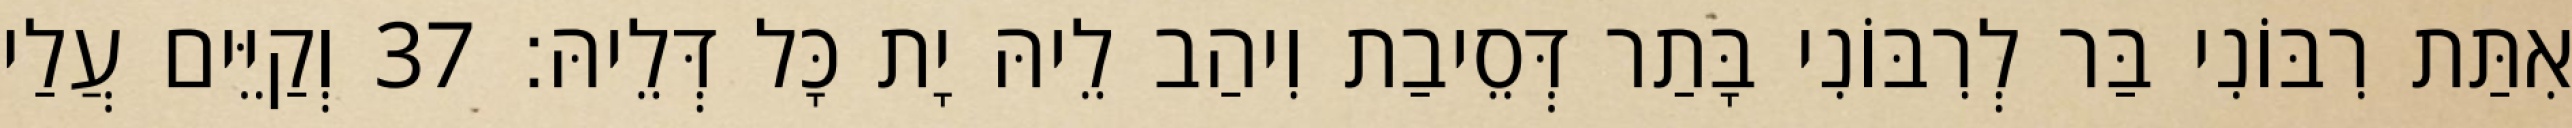
אִתַּת רִבּוֹנִי בַּר לְרִבּוֹנִי בָּתַר דְּסֵיבַת וִיהַב לֵיהּ יָת כָּל דְּלֵיהּ׃ 37 וְקַיֵּים עֲלַי